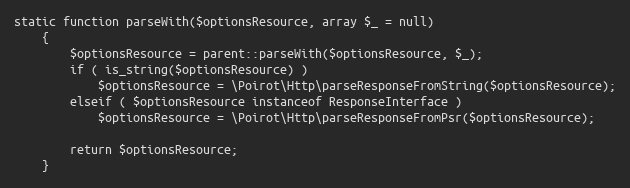
Language: PHP
static function parseWith($optionsResource, array $_ = null)
    {
        $optionsResource = parent::parseWith($optionsResource, $_);
        if ( is_string($optionsResource) )
            $optionsResource = \Poirot\Http\parseResponseFromString($optionsResource);
        elseif ( $optionsResource instanceof ResponseInterface )
            $optionsResource = \Poirot\Http\parseResponseFromPsr($optionsResource);

        return $optionsResource;
    }